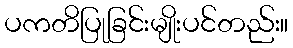
ပကတိပြုခြင်းမျိုးပင်တည်း။